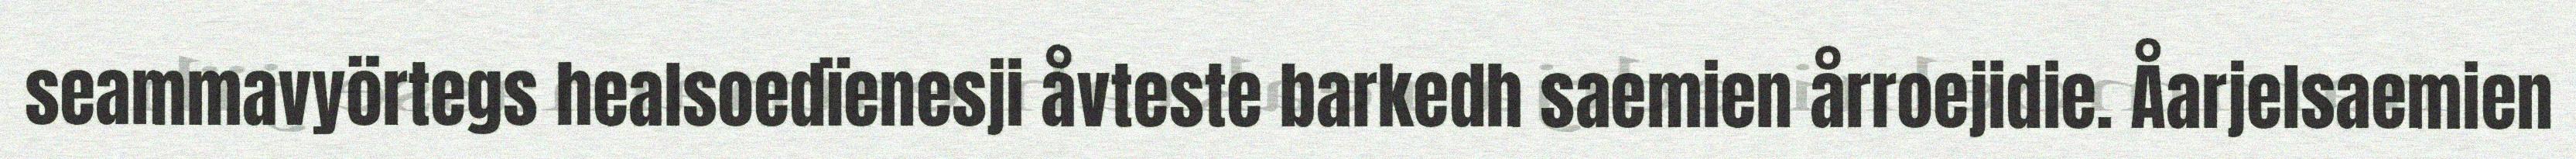
seammavyörtegs healsoedïenesji åvteste barkedh saemien årroejidie. Åarjelsaemien